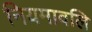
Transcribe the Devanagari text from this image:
नियमावलि